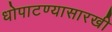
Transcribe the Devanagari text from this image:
धोपाटण्यासारखी